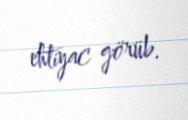
ehtiyac görüb.